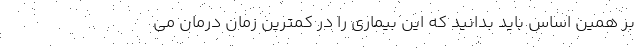
بر همین اساس باید بدانید که این بیماری را در کمترین زمان درمان می